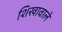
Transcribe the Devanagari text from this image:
शिखावाले